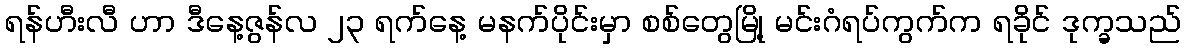
ရန်ဟီးလီ ဟာ ဒီနေ့ဇွန်လ ၂၃ ရက်နေ့ မနက်ပိုင်းမှာ စစ်တွေမြို့ မင်းဂံရပ်ကွက်က ရခိုင် ဒုက္ခသည်